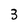
Character: 3